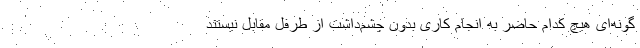
گونه‌ای هیچ کدام حاضر به انجام کاری بدون چشم‌داشت از طرفل مقابل نیستند